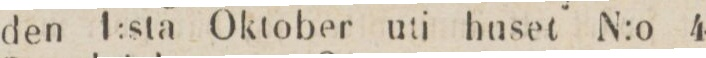
den 1:sta Oktober uti huset N:o 4